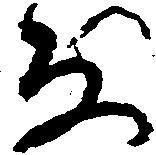
な